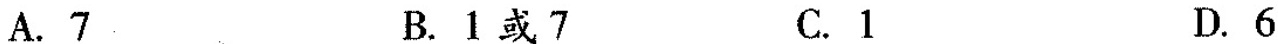
A. 7 B. 1或7 C. 1 D. 6